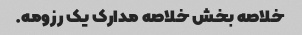
خلاصه بخش خلاصه مدارک یک رزومه.